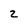
Character: 2